Report on malaria in the Punjab during the year ...  together with an account of the work of the Punjab Malaria Bureau - Volume 4
Disease focus: Malaria
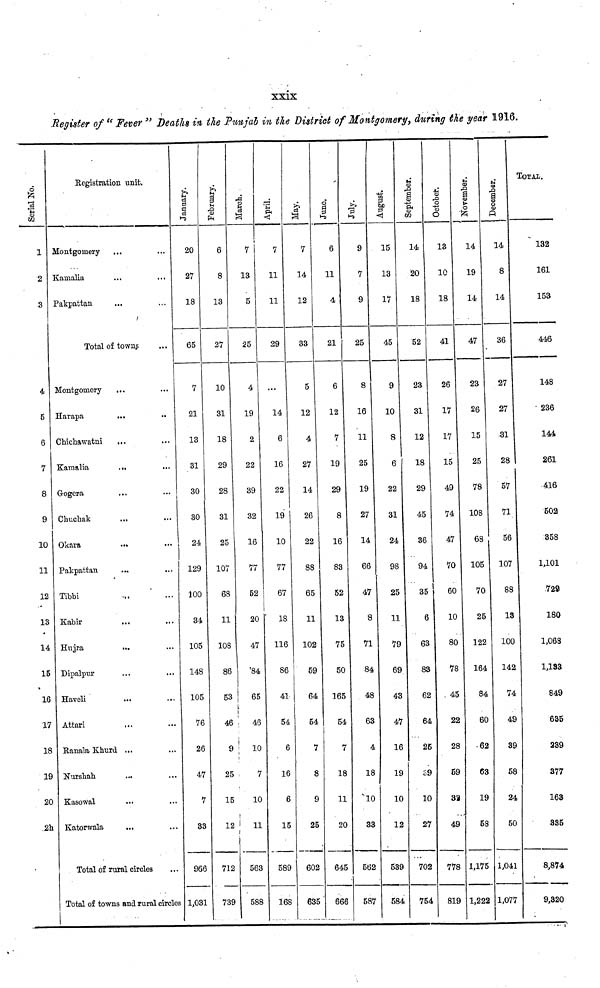
XXIX
Register of " Fever " Deaths in the Punjab in the District of Montgomery, during the year 1916.
Serial No.
1
2
3
4
5
6
7
8
9
10
11
12
13
14
15
16
17
18
19
20
21
Registration unit.
Montgomery
...
Kamalia
Pakpattan
Total of towns
Montgomery
...
Harapa
...
Chichawatni
Kamalia
...
Gogera
Chuchak
...
Okara
...
Pakpattan
Tibbi
...
' ...
Kabir
Hujra
Dipalpur
...
...
Haveli
Attari
...
Ranala Khurd ...
Nurshah
...
Kasowal
Katorwala
...
Total of rural circles
Total of towns and rural circles
January.
20
27
18
65
7
21
13
31
30
30
24
129
100
34
105
148
105
76
26
47
7
33
966
1,031
February.
6
8
13
27
10
31
18
29
28
31
25
107
68
11
108
86
53
46
9
25
15
12
712
739
March.
7
13
5
25
4
19
2
22
39
32
16
77
52
20
47
84
65
46
| 10
7
10
11
563
588
April.
7
11
11
29
14
6
16
22
19
10
77
67
18
116
86
41
54
6
16
6
15
589
168
May.
7
14
12
33
5
12
4
27
14
26
22
88
65
11
102
59
64
54
7
8
c
25
602
635
June.
6
11
4
21
6
12
7
19
29
8
16
83
52
13
75
50
165
54
7
18
11
20
645
666
July.
9
7
9
25
8
16
11
25
19
27
14
66
47
8
71
84
48
63
4
18
10
33
562
587
August.
15
13
17
45
9
10
8
6
22
31
24
98
25
11
79
69
43
47
16
19
10
12
539
584
September.
14
20
18
52
23
31
12
18
29
45
36
94
35
6
63
83
62
64
25
S9
10
27
702
754
October.
13
10
18
41
26
17
17
15
49
74
47
70
60
10
80
78
, 45
22
28
59
32
49
778
819
November.
14
19
14
47
23
26
15
25
78
108
68
105
70
25
122
164
84
60
62
63
19
58
1,175
1,222
December.
14
8
14
36
27
27
31
28
57
71
56
107
88
13
100
142
74
49
39
58
24
50
1,041
1,077
TOTAL.
132
161
153
446
148
236
144
261
416
502
358
1,101
.728
180
1,068
1,133
849
635
239
377
163
335
8,874
9,820